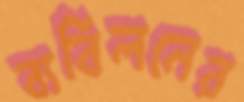
ব্যবিলনের